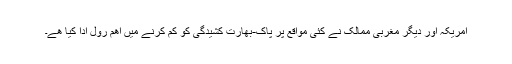
امریکہ اور دیگر مغربی ممالک نے کئی مواقع پر پاک-بھارت کشیدگی کو کم کرنے میں اھم رول ادا کیا ھے۔